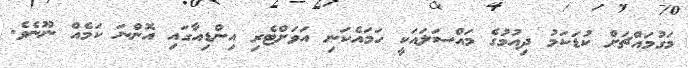
މަގުމައްޗަށް ކުޑަކަމު ދިއުމުގެ މައްސަލައަކީ ހަމައެކަނި އަވަށްޓެރި އިންޑިއާގައި އޮންނަ ކަމެއް ނޫނެވެ.